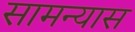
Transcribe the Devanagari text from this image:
सामन्यास